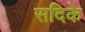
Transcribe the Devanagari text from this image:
सदिके